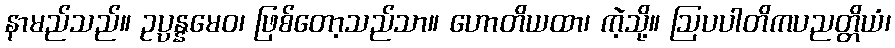
နာမည်သည်။ ဥပ္ပန္နမေဝ၊ ဖြစ်တော့သည်သာ။ ဟောတိယထာ၊ ကဲ့သို့။ ဩပပါတိကပညတ္တိယံ၊